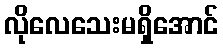
လိုလေသေးမရှိအောင်